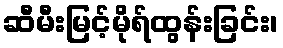
ဆီမီးမြင့်မိုရ်ထွန်းခြင်း၊